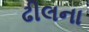
ઢીલના